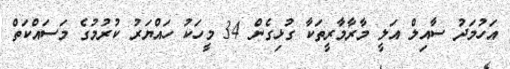
އަހުމަދު ސާއިލް އަލީ މާރާމާރީތަކާ ގުޅިގެން 34 މީހަކު ހައްޔަރު ކުރުމުގެ މަސައްކަތް